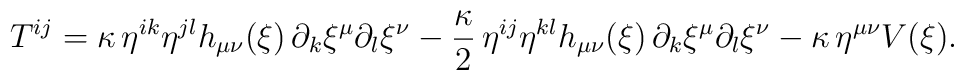
T^{i j} = \kappa \, \eta^{i k} \eta^{j l} h_{\mu \nu}(\xi)\, \partial_k \xi^\mu \partial_l \xi^\nu  - \frac{\kappa}{2} \,\eta^{i j} \eta^{k l} h_{\mu \nu}(\xi) \, \partial_k \xi^\mu\partial_l \xi^\nu - \kappa \, \eta^{\mu \nu} V(\xi).